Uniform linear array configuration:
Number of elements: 4
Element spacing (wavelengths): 0.25
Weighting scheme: exponential
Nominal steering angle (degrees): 30
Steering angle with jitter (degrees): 28.684
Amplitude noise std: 0.05
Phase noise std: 0.05

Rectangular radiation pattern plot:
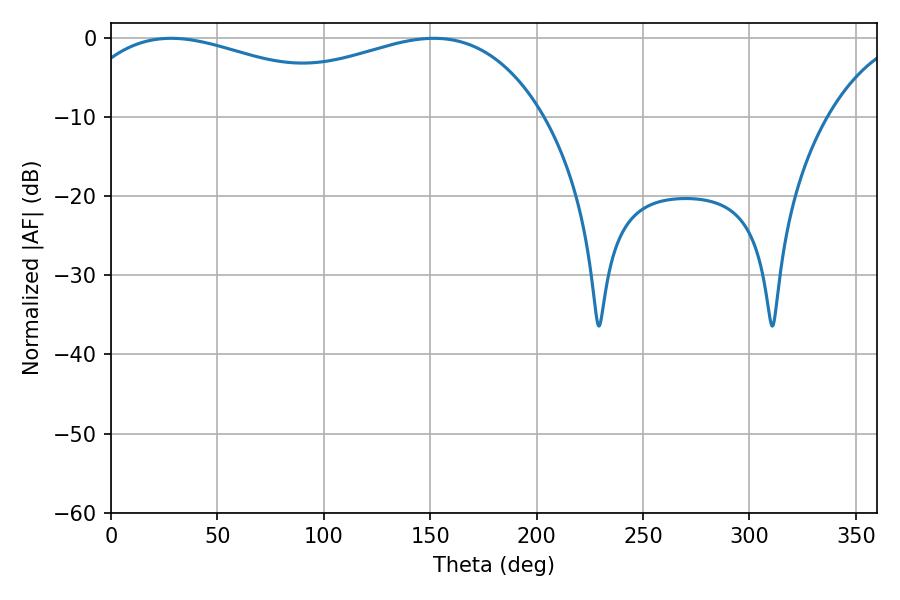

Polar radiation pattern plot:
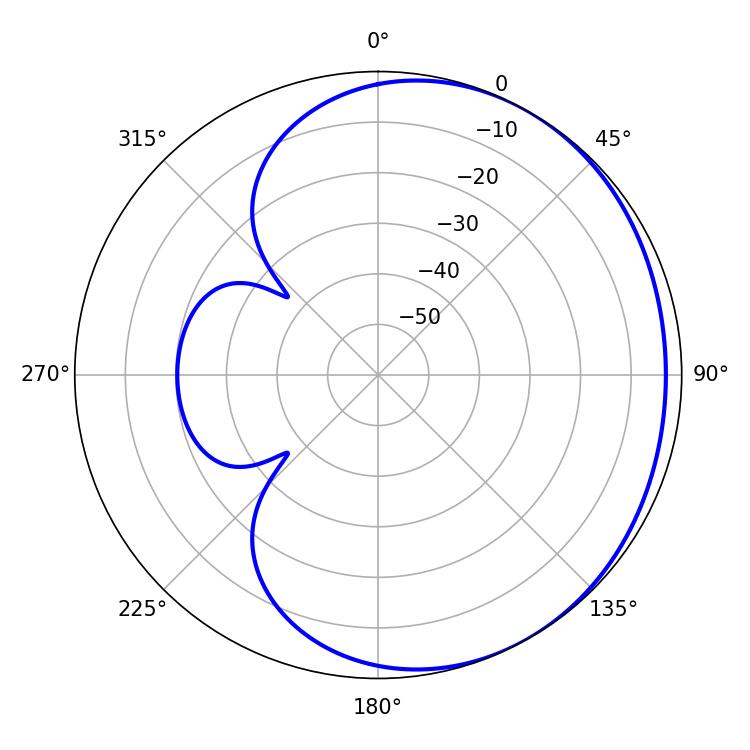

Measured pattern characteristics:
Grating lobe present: FALSE
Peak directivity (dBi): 1.674
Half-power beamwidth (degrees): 81.9
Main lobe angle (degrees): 28.26